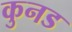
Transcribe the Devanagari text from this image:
कुनड